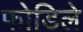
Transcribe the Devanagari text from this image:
फोडिले